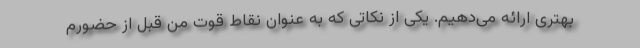
بهتری ارائه می‌دهیم. یکی از نکاتی که به عنوان نقاط قوت من قبل از حضورم